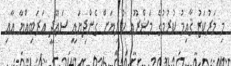
މި މަރުކަޒު ޤާއިމު ކުރުމުގެ މަޝްރޫޢު ކުރިޔަށް ގެންދިޔައީ ސަޢޫދީ ޢަރަބިއްޔާ އާއި